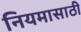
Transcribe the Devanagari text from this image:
नियमासाठी